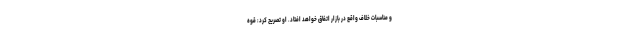
و مناسبات خلاف واقع در بازار اتفاق خواهد افتاد. او تصریح کرد: قوه